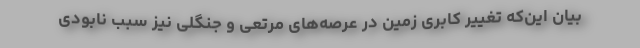
بیان این‌که تغییر کابری زمین در عرصه‌های مرتعی و جنگلی نیز سبب نابودی